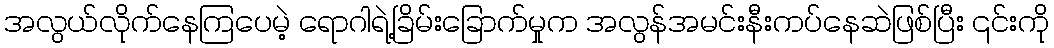
အလွယ်လိုက်နေကြပေမဲ့ ရောဂါရဲ့ခြိမ်းခြောက်မှုက အလွန်အမင်းနီးကပ်နေဆဲဖြစ်ပြီး ၎င်းကို